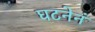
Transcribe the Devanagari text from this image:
घटनेनं